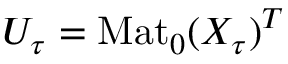
U _ { \tau } = \mathrm { M a t } _ { 0 } ( X _ { \tau } ) ^ { T }